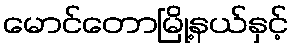
မောင်တောမြို့နယ်နှင့်